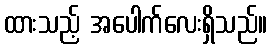
ထားသည့် အပေါက်လေးရှိသည်။